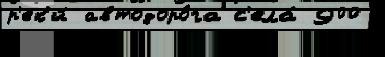
р'ек'и́ автодоро́га с'ела́ 900